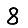
Digit: 8